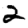
Digit: 2